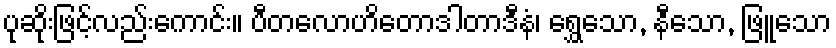
ပုဆိုးဖြင့်လည်းကောင်း။ ပီတလောဟိတောဒါတာဒီနံ၊ ရွှေသော, နီသော, ဖြူသော